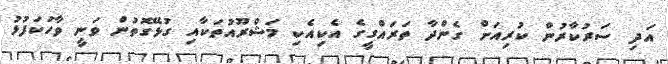
އަދި ސަރުކާރުން ކުރިއަށް ގެންދާ ތަރައްގީގެ އެކިއެކި މަޝްރޫއުތަކާއި ގުޅޭގޮތުން ވަނީ ވާހަކަފުޅު